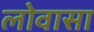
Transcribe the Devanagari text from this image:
लोवासा